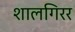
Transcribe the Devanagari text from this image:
शालगिरर